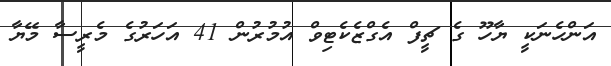
އަންހެނަކީ ޔާހޫ ގެ ޗީފް އެގްޒެކެޓިވް އުމުރުން 41 އަހަރުގެ މެރީސާ މޭޔާ